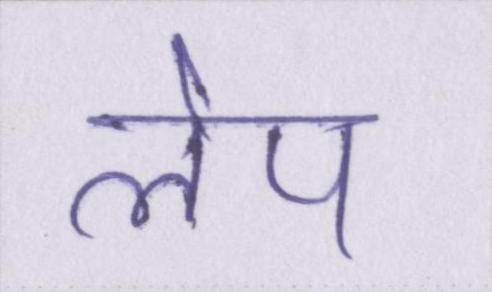
लेप